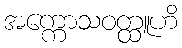
အက္ကောသဝတ္ထူဟိ